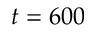
t = 6 0 0